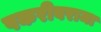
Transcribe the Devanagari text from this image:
पकरीवरामा